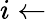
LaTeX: i\gets